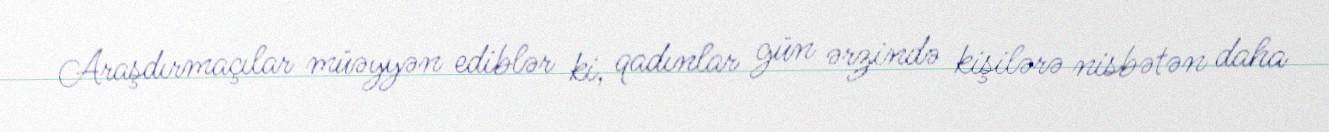
Araşdırmaçılar müəyyən ediblər ki, qadınlar gün ərzində kişilərə nisbətən daha